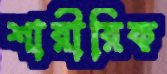
শারীরিক